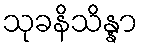
သုခနိသိန္နာ